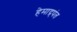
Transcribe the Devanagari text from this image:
हेमाद्र्पंत